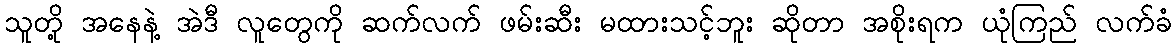
သူတို့ အနေနဲ့ အဲဒီ လူတွေကို ဆက်လက် ဖမ်းဆီး မထားသင့်ဘူး ဆိုတာ အစိုးရက ယုံကြည် လက်ခံ